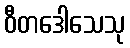
ဝီတဒေါသေသု